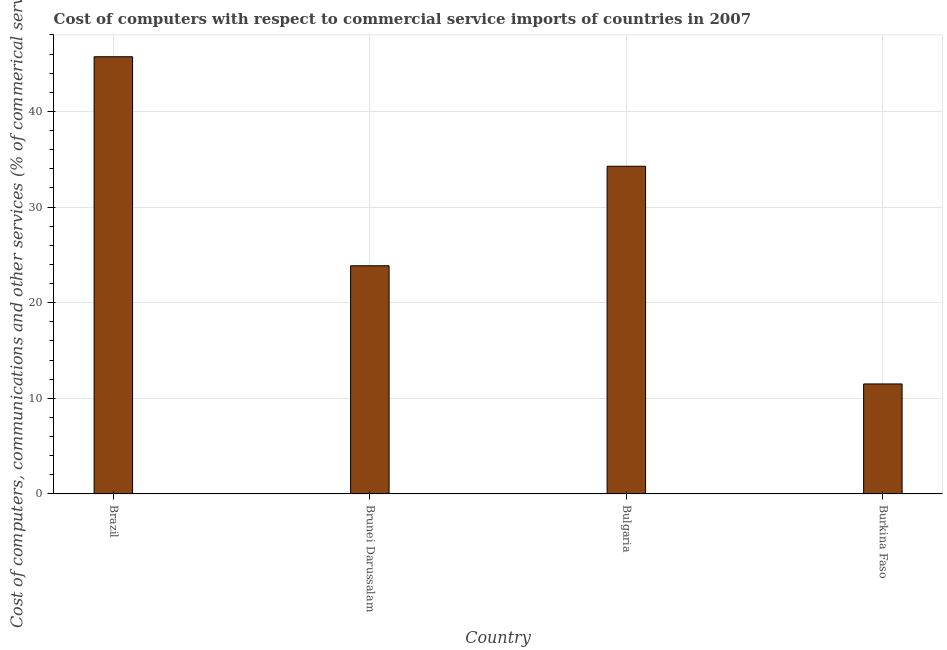
| Country | Computer |
 | --- | --- |
 | Brazil | 45.7 |
 | Brunei Darussalam | 23.9 |
 | Bulgaria | 34.3 |
 | Burkina Faso | 11.5 |